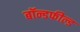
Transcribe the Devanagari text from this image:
बॉन्डफील्ड